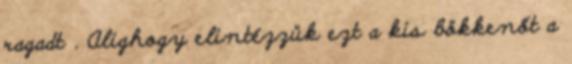
ragadt . Alighogy elintézzük ezt a kis bökkenőt a